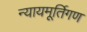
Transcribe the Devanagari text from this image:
न्यायमूर्तिगण